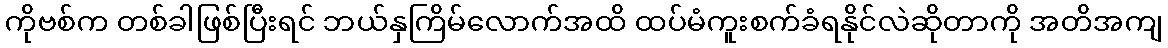
ကိုဗစ်က တစ်ခါဖြစ်ပြီးရင် ဘယ်နှကြိမ်လောက်အထိ ထပ်မံကူးစက်ခံရနိုင်လဲဆိုတာကို အတိအကျ